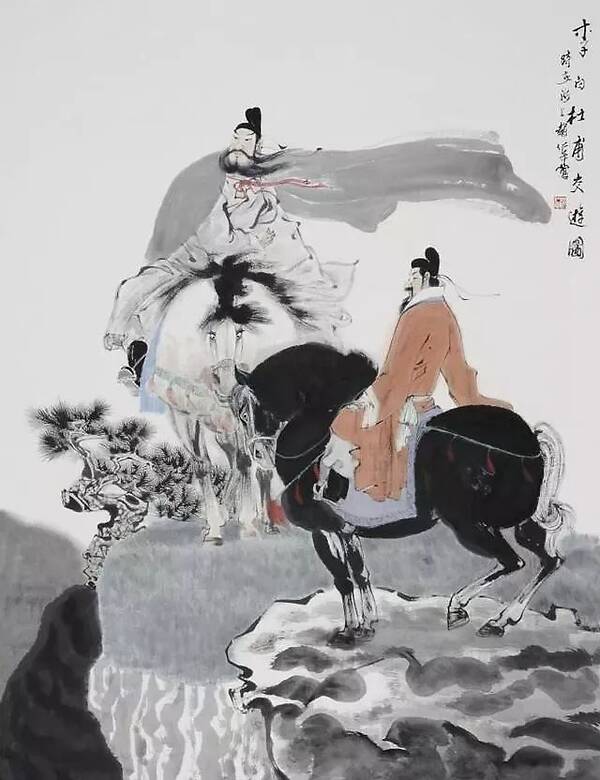
黄鸟翩翩杨柳垂，春风送客使人悲。